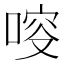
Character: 𠷃